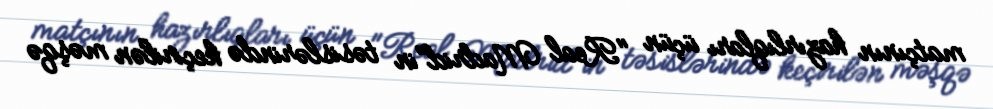
matçının hazırlıqları üçün "Real Madrid"in təsislərində keçirilən məşqə